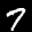
Label: 7